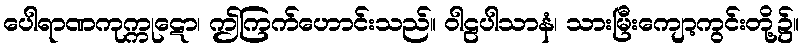
ပေါရာဏကုက္ကုဋော၊ ဤကြက်ဟောင်းသည်။ ဝါဠပါသာနံ၊ သားမြီးကျော့ကွင်းတို့၌။